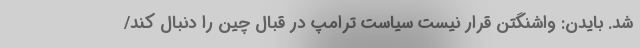
شد. بایدن: واشنگتن قرار نیست سیاست ترامپ در قبال چین را دنبال کند/